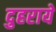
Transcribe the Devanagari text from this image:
दुहराये